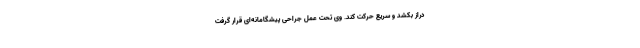
دراز بکشد و سریع حرکت کند. وی تحت عمل جراحی پیشگامانه‌ای قرار گرفت